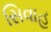
સિવાહ